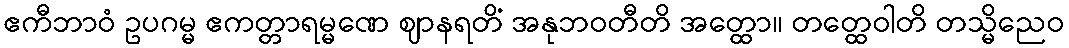
ဧကီဘာဝံ ဥပဂမ္မ ဧကတ္တာရမ္မဏေ ဈာနရတိံ အနုဘဝတီတိ အတ္ထော။ တတ္ထေဝါတိ တသ္မိညေဝ